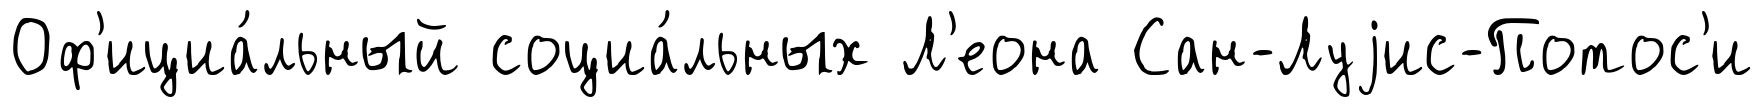
Оф'ициа́льный социа́льных Л'еона Сан-Луjис-Потос'и